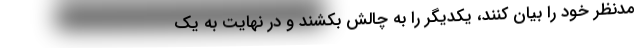
مدنظر خود را بیان کنند، یکدیگر را به چالش بکشند و در نهایت به یک